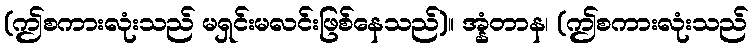
(ဤစကားလုံးသည် မရှင်းမလင်းဖြစ်နေသည်)။ အ္နံတာန၊ (ဤစကားလုံးသည်